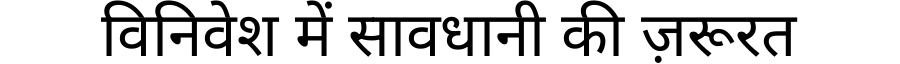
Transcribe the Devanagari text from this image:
विनिवेश में सावधानी की ज़रूरत